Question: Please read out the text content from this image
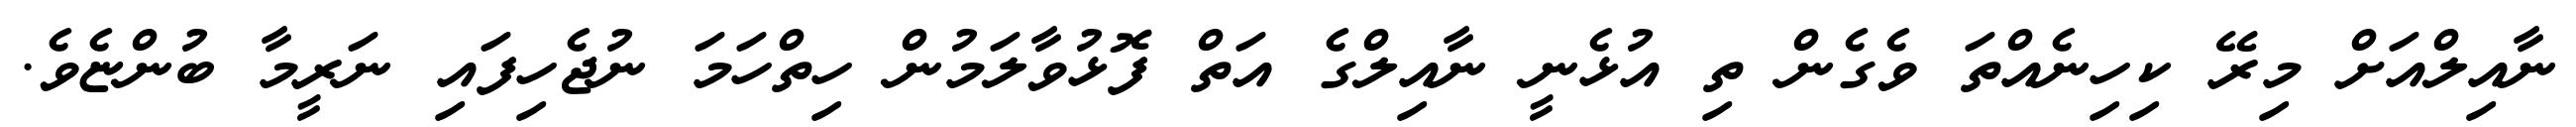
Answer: ނާއިލްއަށް މިރޭ ކިހިނެއްތަ ވެގެން ތި އުޅެނީ ނާއިލްގެ އަތް ފޮޅުވާލަމުން ހިތްހަމަ ނުޖެހިފައި ނަރީމާ ބުންޏެވެ.